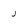
Character: J